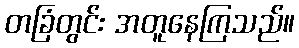
တခြံတွင်း အတူနေကြသည်။